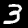
Label: 3